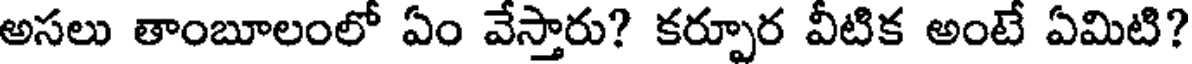
అసలు తాంబూలంలో ఏం వేస్తారు? కర్పూర వీటిక అంటే ఏమిటి?